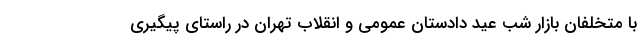
با متخلفان بازار شب عید دادستان عمومی و انقلاب تهران در راستای پیگیری